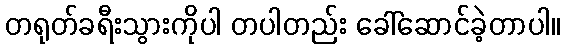
တရုတ်ခရီးသွားကိုပါ တပါတည်း ခေါ်ဆောင်ခဲ့တာပါ။